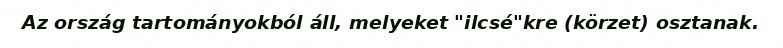
Az ország tartományokból áll, melyeket "ilcsé"kre (körzet) osztanak.